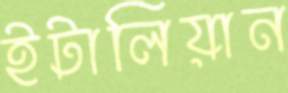
ইটালিয়ান